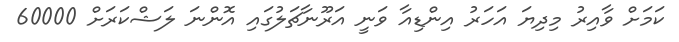
ކަމަށް ވާއިރު މިދިޔަ އަހަރު އިންޑިއާ ވަނީ އަރޫނާޗަލުގައި އޮންނަ ލަޝްކަރަށް 60000